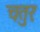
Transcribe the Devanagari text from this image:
चतुरः